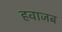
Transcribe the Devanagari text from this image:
हवाजब